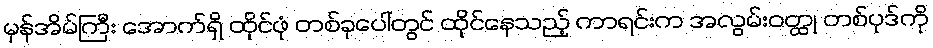
မှန်အိမ်ကြီး အောက်ရှိ ထိုင်ဖုံ တစ်ခုပေါ်တွင် ထိုင်နေသည့် ကာရင်းက အလွမ်းဝတ္ထု တစ်ပုဒ်ကို